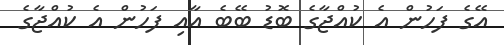
އޭގެ ފަހުން އެ ކުއްޖާގެ ބޮޑު ބޭބެ އާއި ފަހުން އެ ކުއްޖާގެ